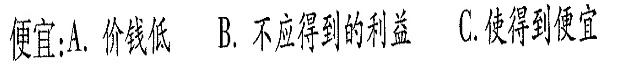
便宜A.价钱低B.不应得到的利益C.使得到便宜